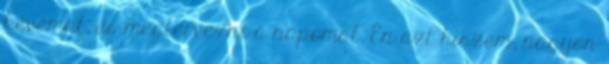
kévémat, és megtervezni a napomat. Én azt hiszem, nagyon